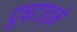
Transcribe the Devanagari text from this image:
दुष्टात्मे